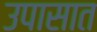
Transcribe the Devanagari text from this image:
उपासात